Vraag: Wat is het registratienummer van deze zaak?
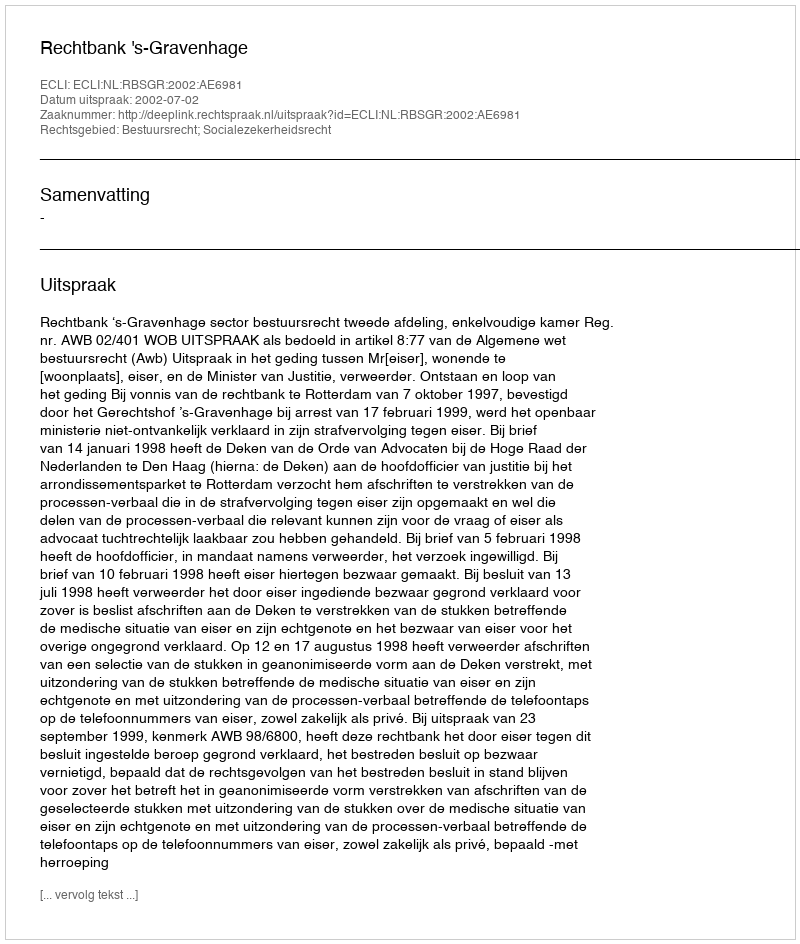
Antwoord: http://deeplink.rechtspraak.nl/uitspraak?id=ECLI:NL:RBSGR:2002:AE6981